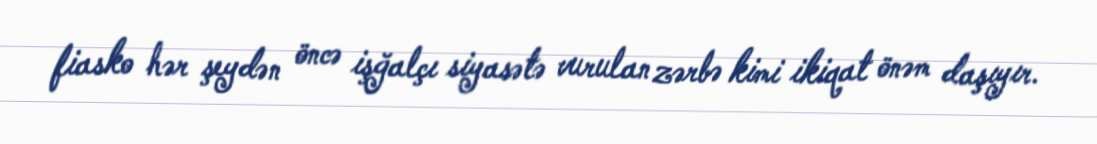
fiasko hər şeydən öncə işğalçı siyasətə vurulan zərbə kimi ikiqat önəm daşıyır.